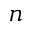
n